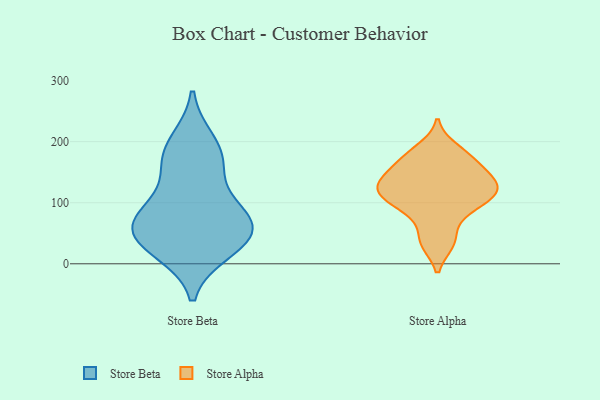
{"axis": {"x": "Website Visitors", "y": "Value"}, "legend": ["Store Alpha", "Store Beta"], "data": [{"x": "", "y": 167, "type": "Store Beta"}, {"x": "", "y": 45, "type": "Store Beta"}, {"x": "", "y": 199, "type": "Store Beta"}, {"x": "", "y": 77, "type": "Store Beta"}, {"x": "", "y": 166, "type": "Store Beta"}, {"x": "", "y": 47, "type": "Store Beta"}, {"x": "", "y": 40, "type": "Store Beta"}, {"x": "", "y": 78, "type": "Store Beta"}, {"x": "", "y": 89, "type": "Store Beta"}, {"x": "", "y": 23, "type": "Store Beta"}, {"x": "", "y": 127, "type": "Store Alpha"}, {"x": "", "y": 136, "type": "Store Alpha"}, {"x": "", "y": 139, "type": "Store Alpha"}, {"x": "", "y": 165, "type": "Store Alpha"}, {"x": "", "y": 99, "type": "Store Alpha"}, {"x": "", "y": 74, "type": "Store Alpha"}, {"x": "", "y": 111, "type": "Store Alpha"}, {"x": "", "y": 130, "type": "Store Alpha"}, {"x": "", "y": 128, "type": "Store Alpha"}, {"x": "", "y": 164, "type": "Store Alpha"}, {"x": "", "y": 176, "type": "Store Alpha"}, {"x": "", "y": 36, "type": "Store Alpha"}, {"x": "", "y": 189, "type": "Store Alpha"}, {"x": "", "y": 34, "type": "Store Alpha"}, {"x": "", "y": 107, "type": "Store Alpha"}, {"x": "", "y": 98, "type": "Store Alpha"}]}